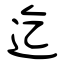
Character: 迄